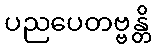
ပညပေတဗ္ဗန္တိ